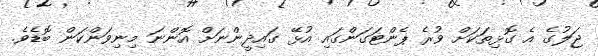
ޖަލުގެ އެ ގޮޅިތަކަށް ވުރެ ޕެންޓަގަންގައި އުޅޭ ގައިދީންނަށް އޮންނަ މިނިވަންކަން ބޮޑެވެ.